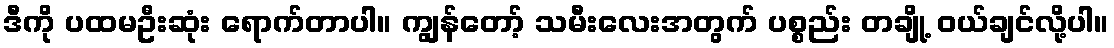
ဒီကို ပထမဦးဆုံး ရောက်တာပါ။ ကျွန်တော့် သမီးလေးအတွက် ပစ္စည်း တချို့ ဝယ်ချင်လို့ပါ။